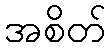
အစိတ်